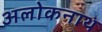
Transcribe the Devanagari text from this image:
अलोकनाथ